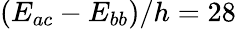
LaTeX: \left(E_{ac}-E_{bb}\right)/h=28